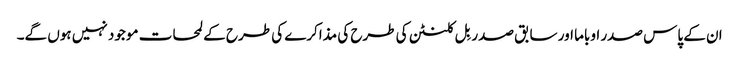
ان کے پاس صدر اوباما اور سابق صدر بِل کلنٹن کی طرح کی مذاکرے کی طرح کے لمحات موجود نہیں ہوں گے۔